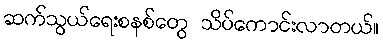
ဆက်သွယ်ရေးစနစ်တွေ သိပ်ကောင်းလာတယ်။